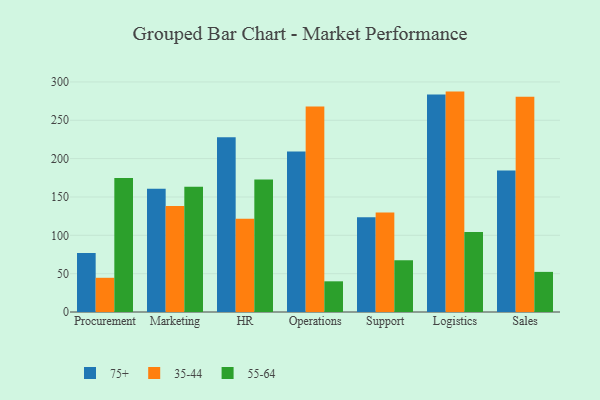
{"axis": {"x": "Department", "y": "Backlog"}, "legend": ["35-44", "55-64", "75+"], "data": [{"x": "Procurement", "y": 76.8, "type": "75+"}, {"x": "Procurement", "y": 44.6, "type": "35-44"}, {"x": "Procurement", "y": 174.6, "type": "55-64"}, {"x": "Marketing", "y": 160.8, "type": "75+"}, {"x": "Marketing", "y": 138.1, "type": "35-44"}, {"x": "Marketing", "y": 163.2, "type": "55-64"}, {"x": "HR", "y": 228.0, "type": "75+"}, {"x": "HR", "y": 121.5, "type": "35-44"}, {"x": "HR", "y": 172.8, "type": "55-64"}, {"x": "Operations", "y": 209.4, "type": "75+"}, {"x": "Operations", "y": 267.9, "type": "35-44"}, {"x": "Operations", "y": 40.0, "type": "55-64"}, {"x": "Support", "y": 123.5, "type": "75+"}, {"x": "Support", "y": 129.9, "type": "35-44"}, {"x": "Support", "y": 67.5, "type": "55-64"}, {"x": "Logistics", "y": 283.6, "type": "75+"}, {"x": "Logistics", "y": 287.4, "type": "35-44"}, {"x": "Logistics", "y": 104.4, "type": "55-64"}, {"x": "Sales", "y": 184.4, "type": "75+"}, {"x": "Sales", "y": 280.6, "type": "35-44"}, {"x": "Sales", "y": 52.3, "type": "55-64"}]}